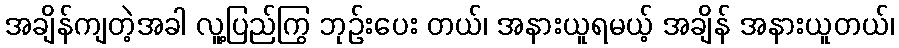
အချိန်ကျတဲ့အခါ လူ့ပြည်ကြွ ဘုဉ်းပေး တယ်၊ အနားယူရမယ့် အချိန် အနားယူတယ်၊